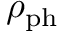
\rho _ { \mathrm { p h } }